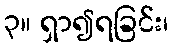
၃။ ရှာ၍ရခြင်း၊